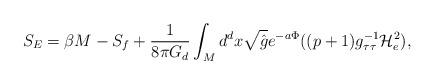
LaTeX: \begin{align*}S_{E} = \beta M - S_{f} + \frac{1}{8 \pi G_{d}} \int_{M} d^{d}x \sqrt{\hat{g}} e^{-a\Phi}((p+1) g_{\tau\tau}^{-1} {\mathcal H}_{e}^{2}), \end{align*}